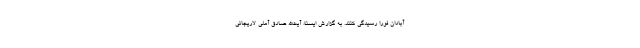
آبادان فوراً رسیدگی کنند. به گزارش ایسنا، آیت‌الله صادق آملی لاریجانی